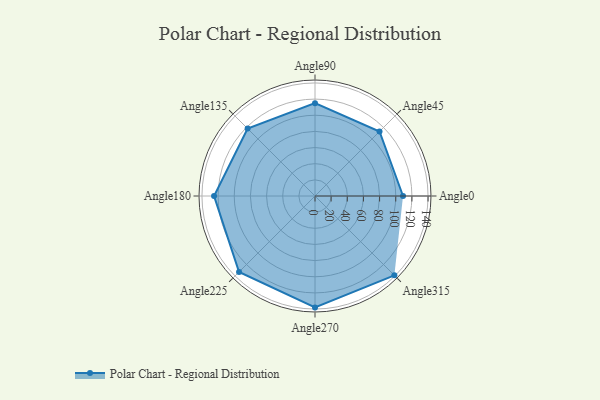
{"axis": {"x": "Angle", "y": "Radius"}, "legend": [""], "data": [{"x": "Angle0", "y": 109.0, "type": ""}, {"x": "Angle45", "y": 113.0, "type": ""}, {"x": "Angle90", "y": 115.0, "type": ""}, {"x": "Angle135", "y": 118.0, "type": ""}, {"x": "Angle180", "y": 125.0, "type": ""}, {"x": "Angle225", "y": 133.0, "type": ""}, {"x": "Angle270", "y": 138.0, "type": ""}, {"x": "Angle315", "y": 139.0, "type": ""}]}